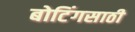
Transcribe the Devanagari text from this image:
बोटिंगसाठी